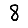
Digit: 8